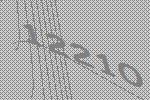
12210